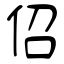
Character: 佋